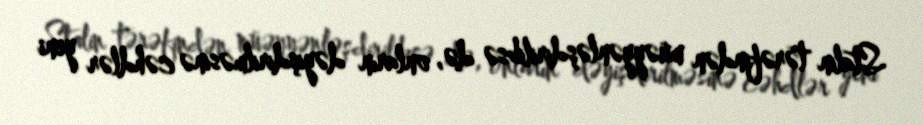
Stalin tərəfindən müəyyənləşdirilibsə də, onların dəyişdirilməsinə cəhdlər yeni